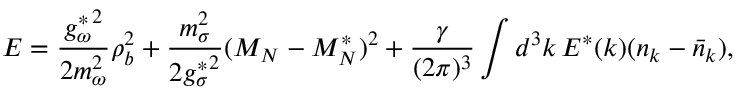
{ \cal E } = \frac { { g _ { \omega } ^ { \ast } } ^ { 2 } } { 2 m _ { \omega } ^ { 2 } } \rho _ { b } ^ { 2 } + \frac { m _ { \sigma } ^ { 2 } } { 2 { g _ { \sigma } ^ { \ast } } ^ { 2 } } ( M _ { N } - M _ { N } ^ { \ast } ) ^ { 2 } + \frac { \gamma } { ( 2 \pi ) ^ { 3 } } \int d ^ { 3 } k \, E ^ { \ast } ( k ) ( n _ { k } - \bar { n } _ { k } ) ,